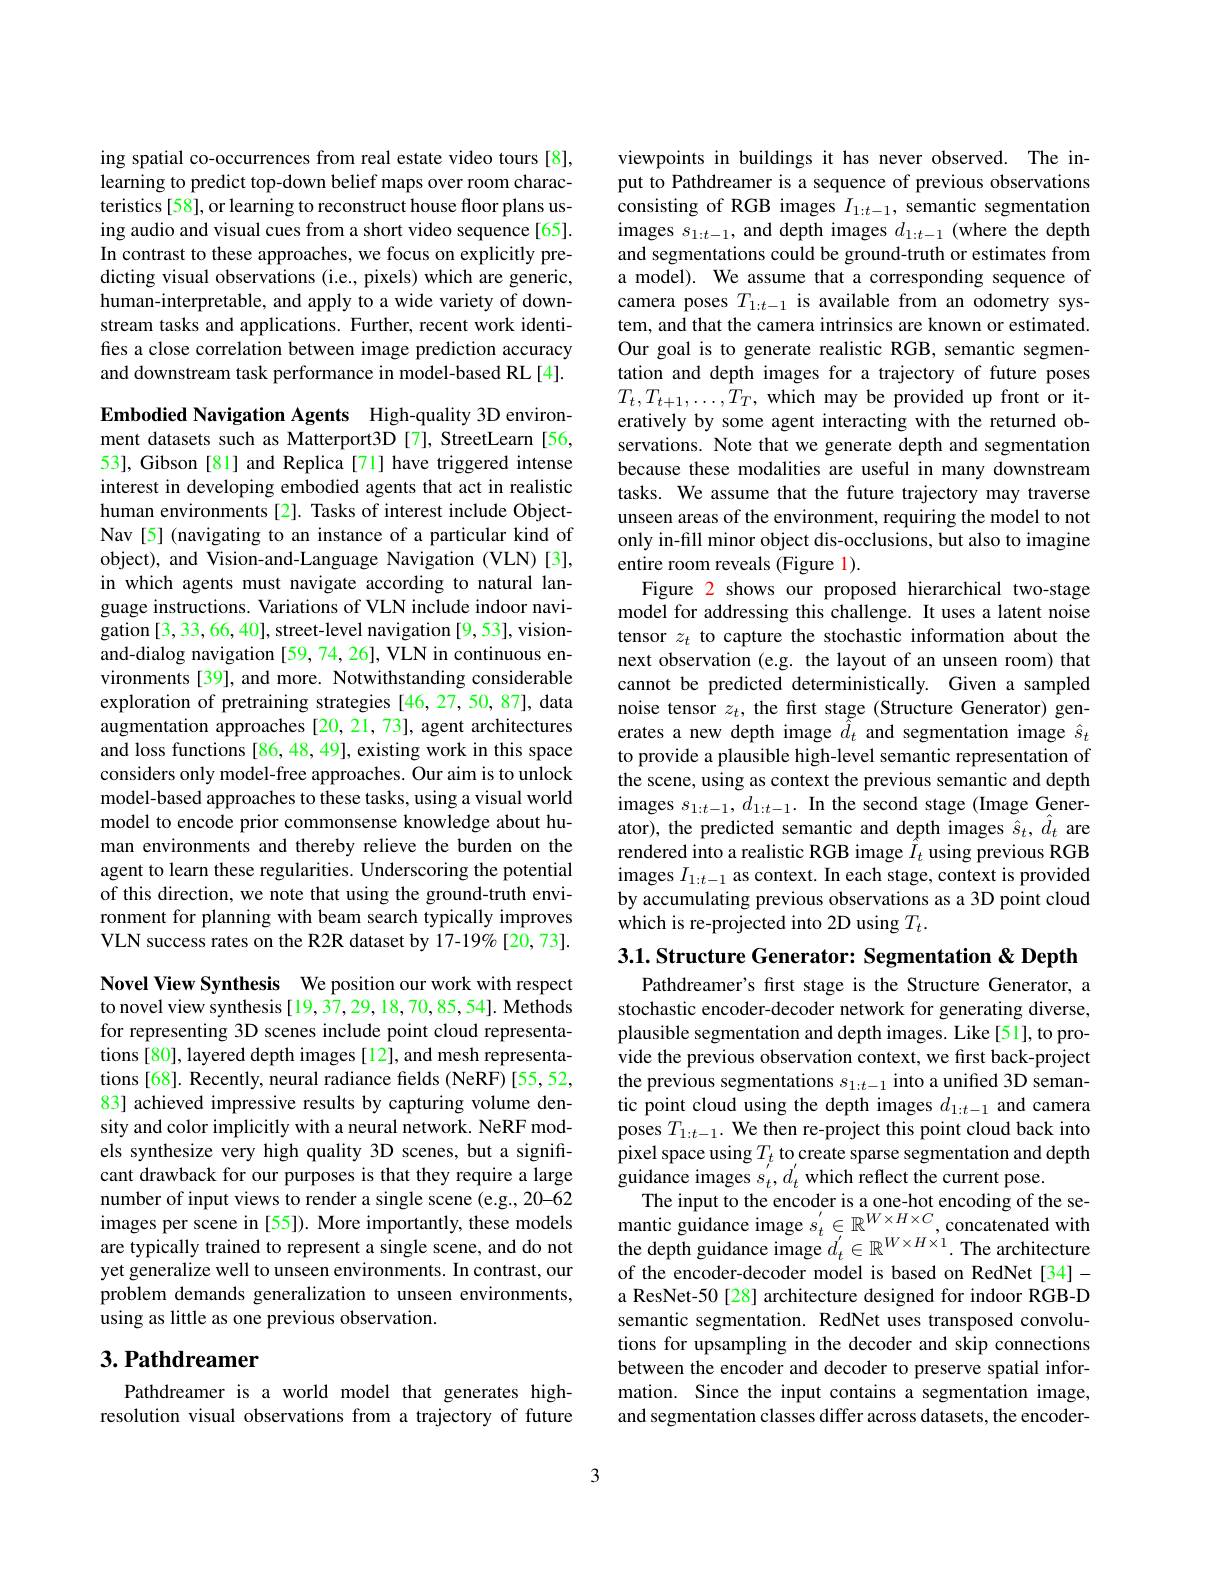
ing spatial co-occurrences from real estate video tours [8], learning to predict top-down belief maps over room characteristics [58], or learning to reconstruct house floor plans using audio and visual cues from a short video sequence[65]. In contrast to these approaches, we focus on explicitly predicting visual observations (i.e., pixels) which are generic, human-interpretable, and apply to a wide variety of downstream tasks and applications. Further, recent work identifies a close correlation between image prediction accuracy and downstream task performance in model-based RL[4].

Embodied Navigation Agents High-quality 3D environment datasets such as Matterport3D [7], StreetLearn [56, 53], Gibson [81] and Replica [71] have triggered intense interest in developing embodied agents that act in realistic human environments [2]. Tasks of interest include ObjectNav[5] (navigating to an instance of a particular kind of object), and Vision-and-Language Navigation (VLN)[3], in which agents must navigate according to natural language instructions. Variations of VLN include indoor navigation [3,33,66,40], street-level navigation [9,53], visionand-dialog navigation [59, 74, 26], VLN in continuous environments [39], and more. Notwithstanding considerable exploration of pretraining strategies [46,27,50,87], data augmentation approaches [20,21,73], agent architectures and loss functions [86, 48, 49], existing work in this space considers only model-free approaches. Our aim is to unlock model-based approaches to these tasks, using a visual world model to encode prior commonsense knowledge about human environments and thereby relieve the burden on the agent to learn these regularities. Underscoring the potential of this direction, we note that using the ground-truth environment for planning with beam search typically improves VLN success rates on the R2R dataset by 17-19%[20,73]. Novel View Synthesis We position our work with respect

to novel view synthesis[19,37,29,18,70,85,54]. Methods for representing 3D scenes include point cloud representations [80], layered depth images [12], and mesh representations [68]. Recently, neural radiance fields (NeRF)[55,52, 83] achieved impressive results by capturing volume density and color implicitly with a neural network. NeRF models synthesize very high quality 3D scenes, but a significant drawback for our purposes is that they require a large number of input views to render a single scene (e.g., 20-62 images per scene in [55]). More importantly, these models are typically trained to represent a single scene, and do not yet generalize well to unseen environments. In contrast, our problem demands generalization to unseen environments, using as little as one previous observation.

# 3. Pathdreamer

Pathdreamer is a world model that generates highresolution visual observations from a trajectory of future

viewpoints in buildings it has never observed. The input to Pathdreamer is a sequence of previous observations consisting of RGB images $I_{1:t-1}$, semantic segmentation images $s_1:t-1$, and depth images $d_1:t-1$ (where the depth and segmentations could be ground-truth or estimates from a model). We assume that a corresponding sequence of camera poses $T_{1:t-1}$ is available from an odometry system, and that the camera intrinsics are known or estimated. Our goal is to generate realistic RGB, semantic segmentation and depth images for a trajectory of future poses $T_t,T_{t+1},\ldots,T_T$, which may be provided up front or iteratively by some agent interacting with the returned observations. Note that we generate depth and segmentation because these modalities are useful in many downstream tasks. We assume that the future trajectory may traverse unseen areas of the environment, requiring the model to not only in-fill minor object dis-occlusions, but also to imagine entire room reveals (Figure 1).
Figure 2 shows our proposed hierarchical two-stage model for addressing this challenge. It uses a latent noise tensor $z_t$ to capture the stochastic information about the next observation (e.g. the layout of an unseen room) that cannot be predicted deterministically. Given a sampled noise tensor $z_t$, the first stage (Structure Generator) generates a new depth image $\tilde{\hat{d}}_t$ and segmentation image $\hat{s}_t$ to provide a plausible high-level semantic representation of the scene, using as context the previous semantic and depth images $s_1: t- 1, d_{1: t- 1}. \textbf{In the second stage( Image Gener- }$ ator), the predicted semantic and depth images $\hat{s}_{t},\hat{d}_{t}$ are rendered into a realistic RGB image $\hat{I}_t$ using previous RGB images $I_1:t-1$ as context. In each stage, context is provided by accumulating previous observations as a 3D point cloud which is re-projected into 2D using $T_t.$
3.1. Structure Generator: Segmentation & Depth

Pathdreamer's first stage is the Structure Generator, a stochastic encoder-decoder network for generating diverse, plausible segmentation and depth images. Like[51], to provide the previous observation context, we first back-project the previous segmentations $s_{1:t-1}$ into a unified 3D semantic point cloud using the depth images $d_1:t-1$ and camera poses $T_{1:t-1}.$ We then re-project this point cloud back into $\begin{array}{l}\text{pixel space using}T_{t}\text{ to create sparse segmentation and depth}\\\text{guidance images }s_{t},d_{t}^{\prime}\text{which reflect the current pose.}\end{array}$
The input to the encoder is a one-hot encoding of the semantic guidance image $s_t^{\prime}\in\mathbb{R}^{W\times H\times C}$, concatenated with the depth guidance image $d_t^{\prime}\in\mathbb{R}^{W\times H\times1}.$ The architecture of the encoder-decoder model is based on RedNet[34]- a ResNet-50 [28] architecture designed for indoor RGB-D semantic segmentation. RedNet uses transposed convolutions for upsampling in the decoder and skip connections between the encoder and decoder to preserve spatial information. Since the input contains a segmentation image, and segmentation classes differ across datasets, the encoder-

3